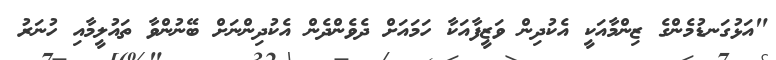
"އަޅުގަނޑުމެންގެ ޒިންމާއަކީ އެކުދިން ވަޒީފާއަކާ ހަމައަށް ދެވެންދެން އެކުދިންނަށް ބޭނުންވާ ތައުލީމާއި ހުނަރު